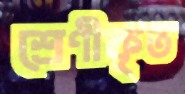
শ্রেণীকৃত